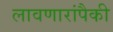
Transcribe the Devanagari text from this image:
लावणारांपैकी